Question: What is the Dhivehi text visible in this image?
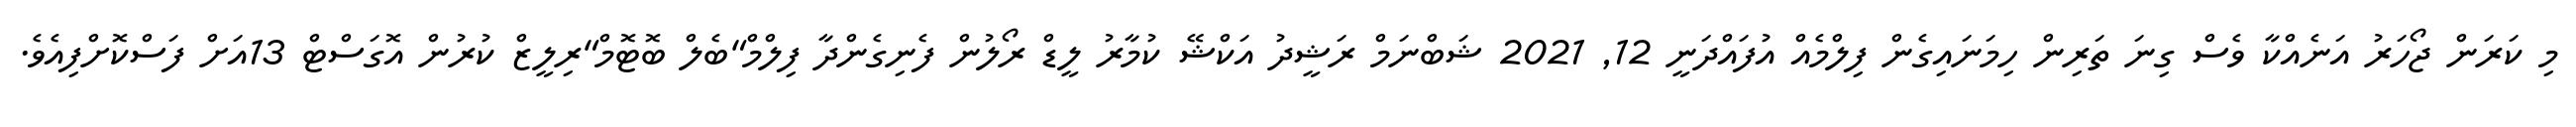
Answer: މި ކަރަން ޖޯހަރު އަނެއްކާ ވެސް ގިނަ ތަރިން ހިމަނައިގެން ފިލްމެއް އުފައްދަނީ 12, 2021 ޝަބްނަމް ރަޝީދު އަކްޝޭ ކުމާރު ލީޑް ރޯލުން ފެނިގެންދާ ފިލްމް"ބެލް ބޮޓޮމް"ރިލީޒް ކުރުން އޮގަސްޓް 13އަށް ފަސްކޮށްފިއެވެ.